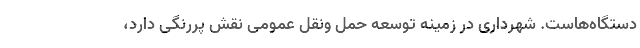
دستگاه‌هاست. شهرداری در زمینه توسعه حمل ونقل عمومی نقش پررنگی دارد،